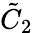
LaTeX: {\tilde{C}}_{2}